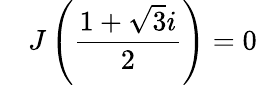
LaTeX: \quad J\left({\frac{1+{\sqrt{3}}i}{2}}\right)=0